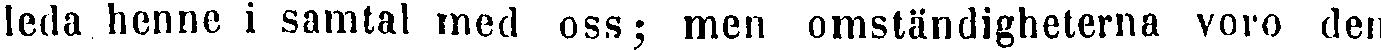
leda henne i samtal med oss; men omständigheterna voro den